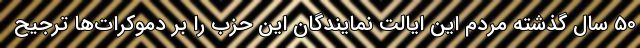
50 سال گذشته مردم این ایالت نمایندگان این حزب را بر دموکرات‌ها ترجیح